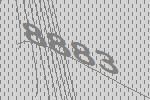
8883